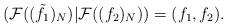
LaTeX: \begin{align*}(\mathcal{F}((\tilde{f}_{1})_{N})|\mathcal{F}((f_{2})_{N}))=(f_{1},f_{2}).\end{align*}